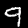
Digit: 9